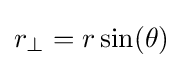
r_{\perp }=r\sin(\theta )